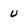
Character: u